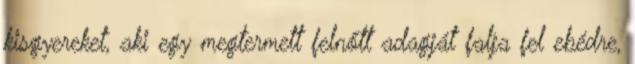
kisgyereket, aki egy megtermett felnőtt adagját falja fel ebédre,